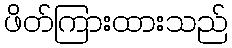
ဖိတ်ကြားထားသည်